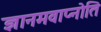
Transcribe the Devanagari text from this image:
ज्ञानमवाप्नोति